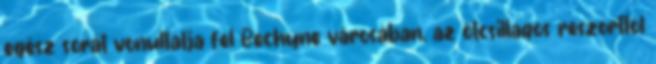
egész sorát vonultatja fel Bechyne városában, az ötcsillagos reszorttól